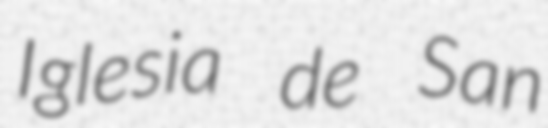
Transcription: Iglesia de San